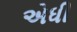
એધી